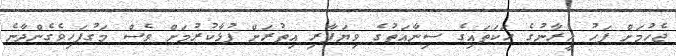
ޖެހުމަށް ފަހު އީރާނުގެ ހަކަތައިގެ ސިނާއަތުގެ ވިޔަފާރި އިތުރަށް ފުޅާކުރުމަށް ވެސް މަގުފަހިވެގެންދާނެ